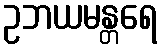
ဥဘယမန္တရေ